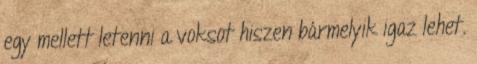
egy mellett letenni a voksot hiszen bármelyik igaz lehet.